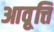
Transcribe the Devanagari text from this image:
आवृ्त्ति